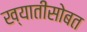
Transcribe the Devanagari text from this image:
ख्यातीसोबत